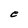
Character: e